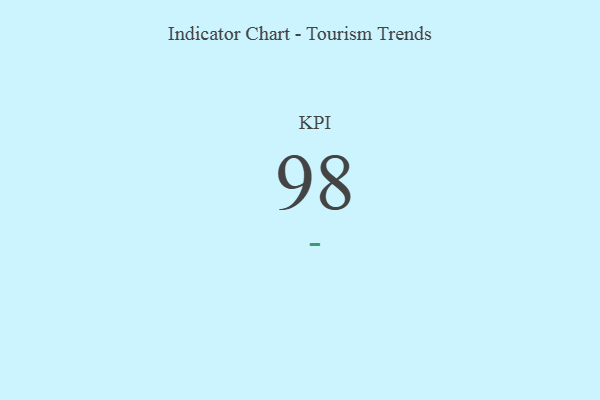
{"axis": {"x": "KPI", "y": "Value"}, "legend": [""], "data": [{"x": "KPI", "y": 98, "type": ""}]}